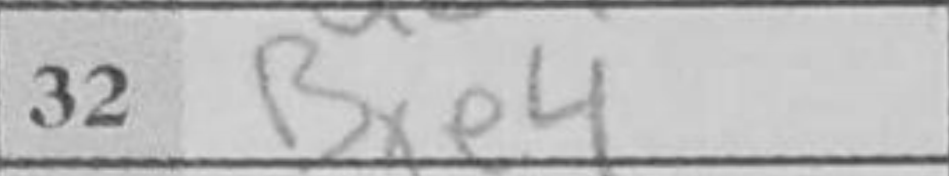
Transcription: Bxe4